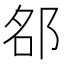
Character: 𨚷